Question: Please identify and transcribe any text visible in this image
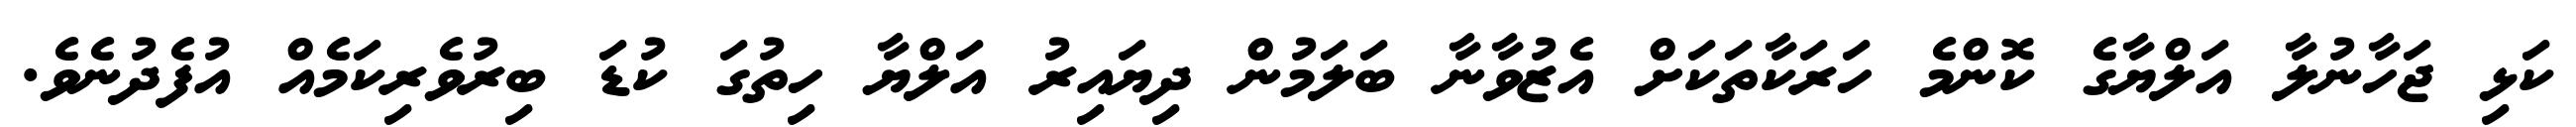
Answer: ކަޅި ޖަހާނުލާ އަލްޔާގެ ކޮންމެ ހަރަކާތަކަށް އެޒުވާނާ ބަލަމުން ދިޔައިރު އަލްޔާ ހިތުގަ ކުޑަ ބިރުވެރިކަމެއް އުފެދުނެވެ.